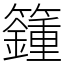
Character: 籦